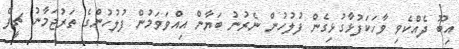
އިބޫ ދެއްކެވި ވާހަކަފުޅާގުޅިގެން ފުލުހުން ނެރުނު ބަޔާން އިއްވަވަމުން ފުލުހުންގެ ތަރުޖަމާނު ޗީފް